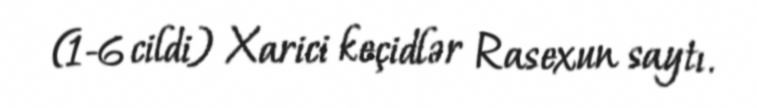
(1-6 cildi) Xarici keçidlər Rasexun saytı.